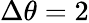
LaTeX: \Delta\theta=2